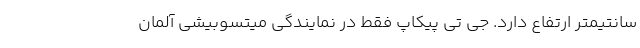
سانتیمتر ارتفاع دارد. جی تی پیکاپ فقط در نمایندگی میتسوبیشی آلمان